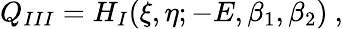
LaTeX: Q_{III}=H_{I}(\xi,\eta;-E,\beta_{1},\beta_{2})\ ,